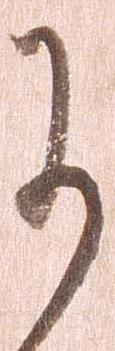
に